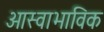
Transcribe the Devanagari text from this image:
आस्वाभाविक